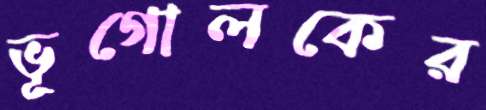
ভূগোলকের